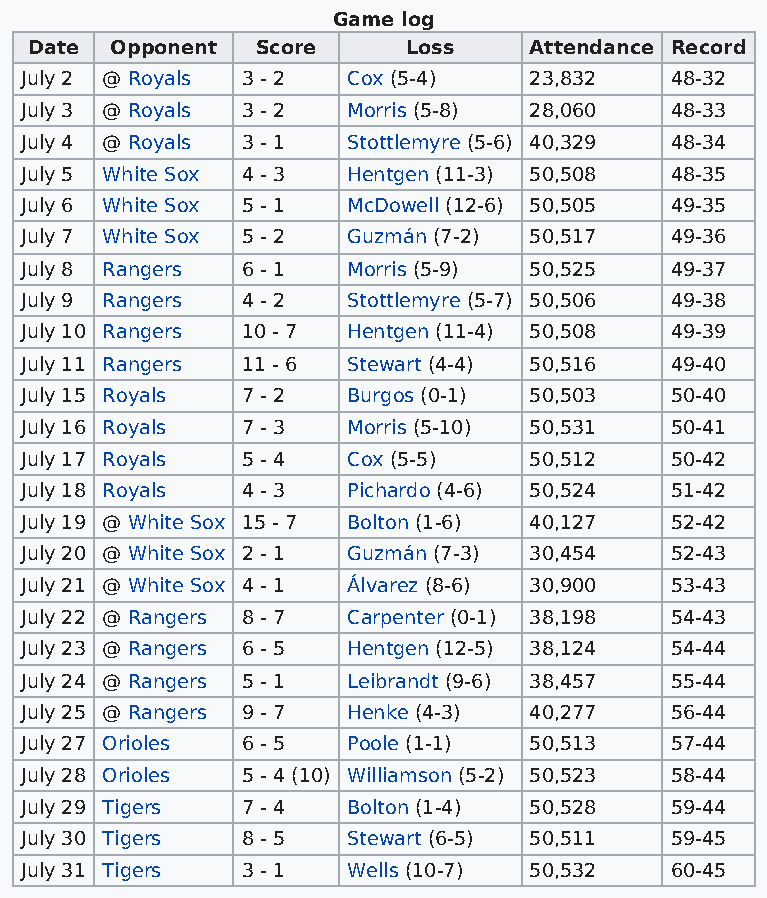
Game log
 Date Opponent  Score     Loss    Attendance Record
 July 2 @ Royals 3 - 2 Cox (5-4)   23,832   48-32
 July 3 @ Royals 3 - 2 Morris (5-8) 28,060  48-33
 July 4 @ Royals 3 - 1 Stottlemyre (5-6) 40,329 48-34
 July 5 White Sox 4 - 3 Hentgen (11-3) 50,508 48-35
 July 6 White Sox 5 - 1 McDowell (12-6) 50,505 49-35
 July 7 White Sox 5 - 2 Guzmán (7-2) 50,517 49-36
 July 8 Rangers 6 - 1  Morris (5-9) 50,525  49-37
 July 9 Rangers 4 - 2  Stottlemyre (5-7) 50,506 49-38
 July 10 Rangers 10 - 7 Hentgen (11-4) 50,508 49-39
 July 11 Rangers 11 - 6 Stewart (4-4) 50,516 49-40
 July 15 Royals 7 - 2  Burgos (0-1) 50,503  50-40
 July 16 Royals 7 - 3  Morris (5-10) 50,531 50-41
 July 17 Royals 5 - 4  Cox (5-5)   50,512   50-42
 July 18 Royals 4 - 3  Pichardo (4-6) 50,524 51-42
 July 19 @ White Sox 15 - 7 Bolton (1-6) 40,127 52-42
 July 20 @ White Sox 2 - 1 Guzmán (7-3) 30,454 52-43
 July 21 @ White Sox 4 - 1 Álvarez (8-6) 30,900 53-43
 July 22 @ Rangers 8 - 7 Carpenter (0-1) 38,198 54-43
 July 23 @ Rangers 6 - 5 Hentgen (12-5) 38,124 54-44
 July 24 @ Rangers 5 - 1 Leibrandt (9-6) 38,457 55-44
 July 25 @ Rangers 9 - 7 Henke (4-3) 40,277 56-44
 July 27 Orioles 6 - 5 Poole (1-1) 50,513   57-44
 July 28 Orioles 5 - 4 (10) Williamson (5-2) 50,523 58-44
 July 29 Tigers 7 - 4  Bolton (1-4) 50,528  59-44
 July 30 Tigers 8 - 5  Stewart (6-5) 50,511 59-45
 July 31 Tigers 3 - 1  Wells (10-7) 50,532  60-45